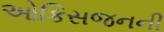
ઓકિસજનની